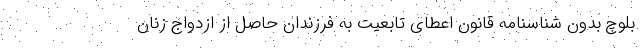
بلوچ بدون شناسنامه قانون اعطای تابعیت به فرزندان حاصل از ازدواج زنان